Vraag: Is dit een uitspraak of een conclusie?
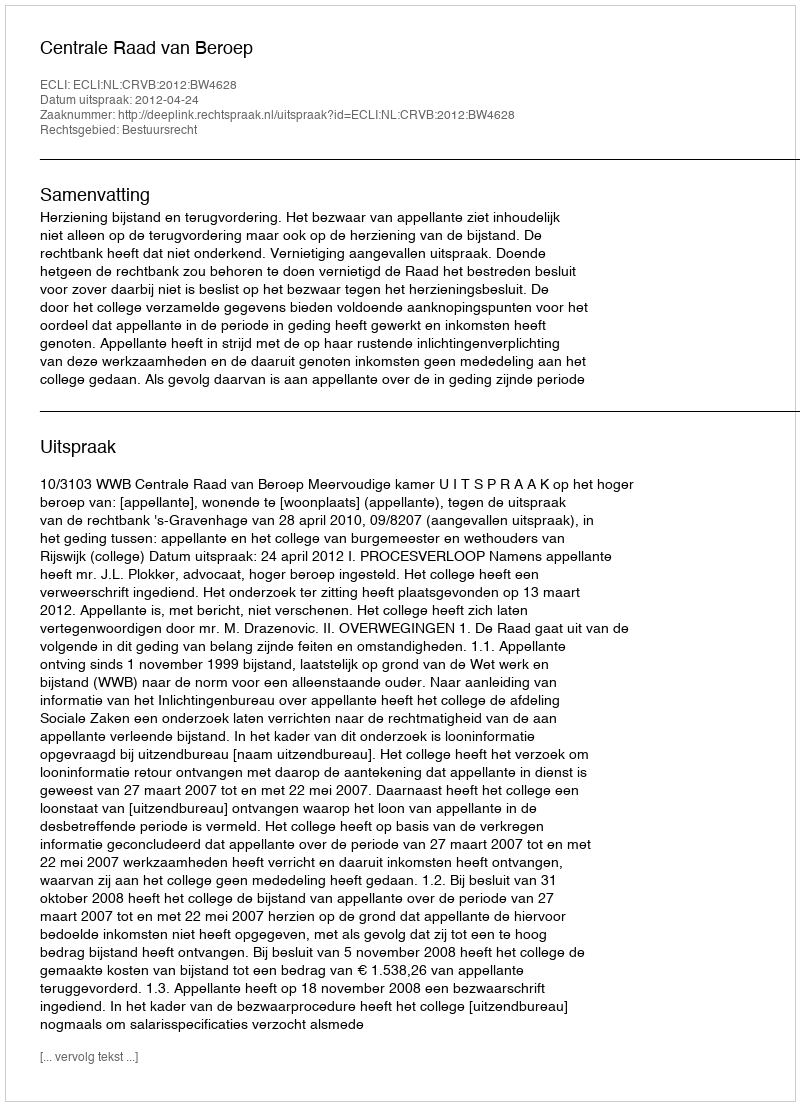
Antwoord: Uitspraak